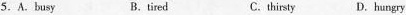
5.A.busy B.tired C. thirsty D.hungry